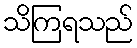
သိကြရသည်